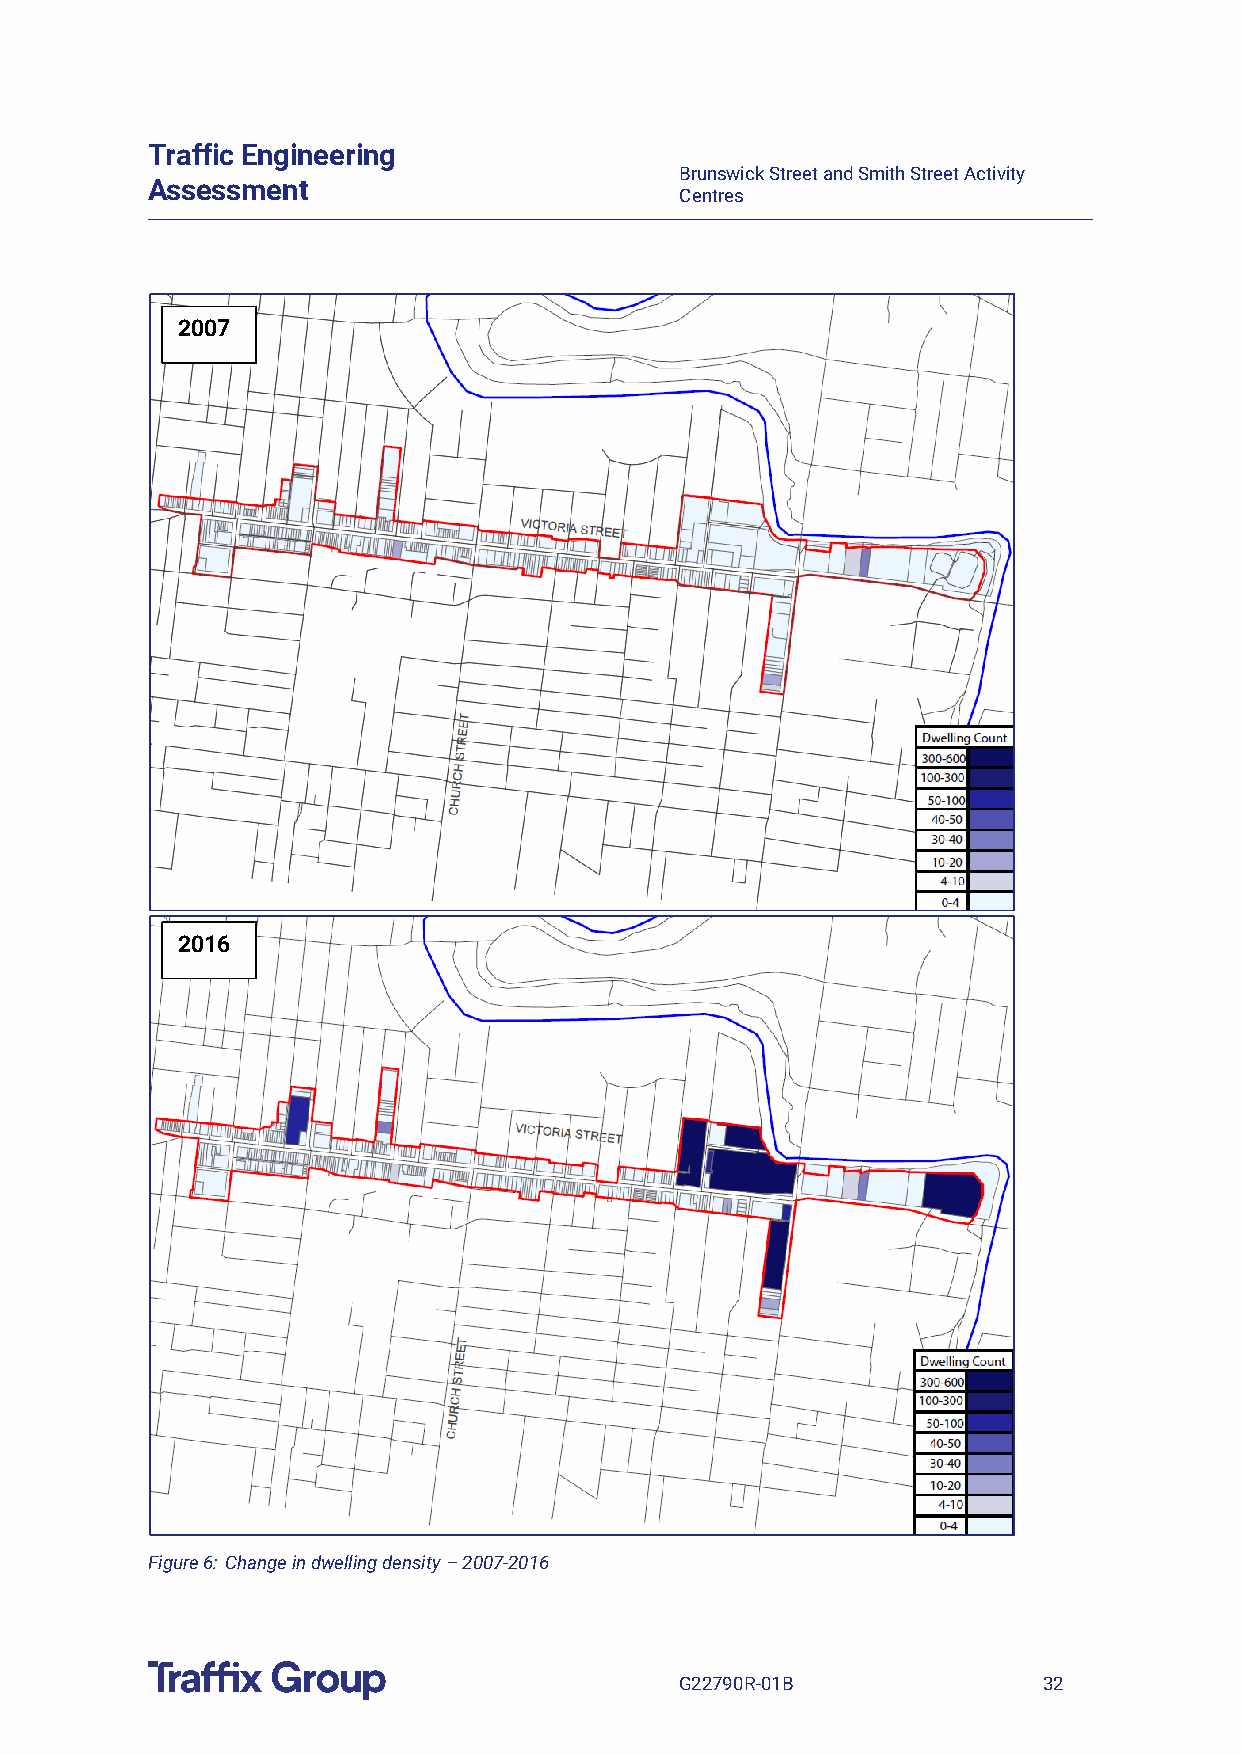
Traffic Engineering
 Brunswick Street and Smith Street Activity
 Assessment
 Centres
 2007
 2016
 Figure 6: Change in dwelling density – 2007-2016
 G22790R-01B             32